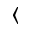
\langle